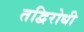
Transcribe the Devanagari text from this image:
तद्विरोधी